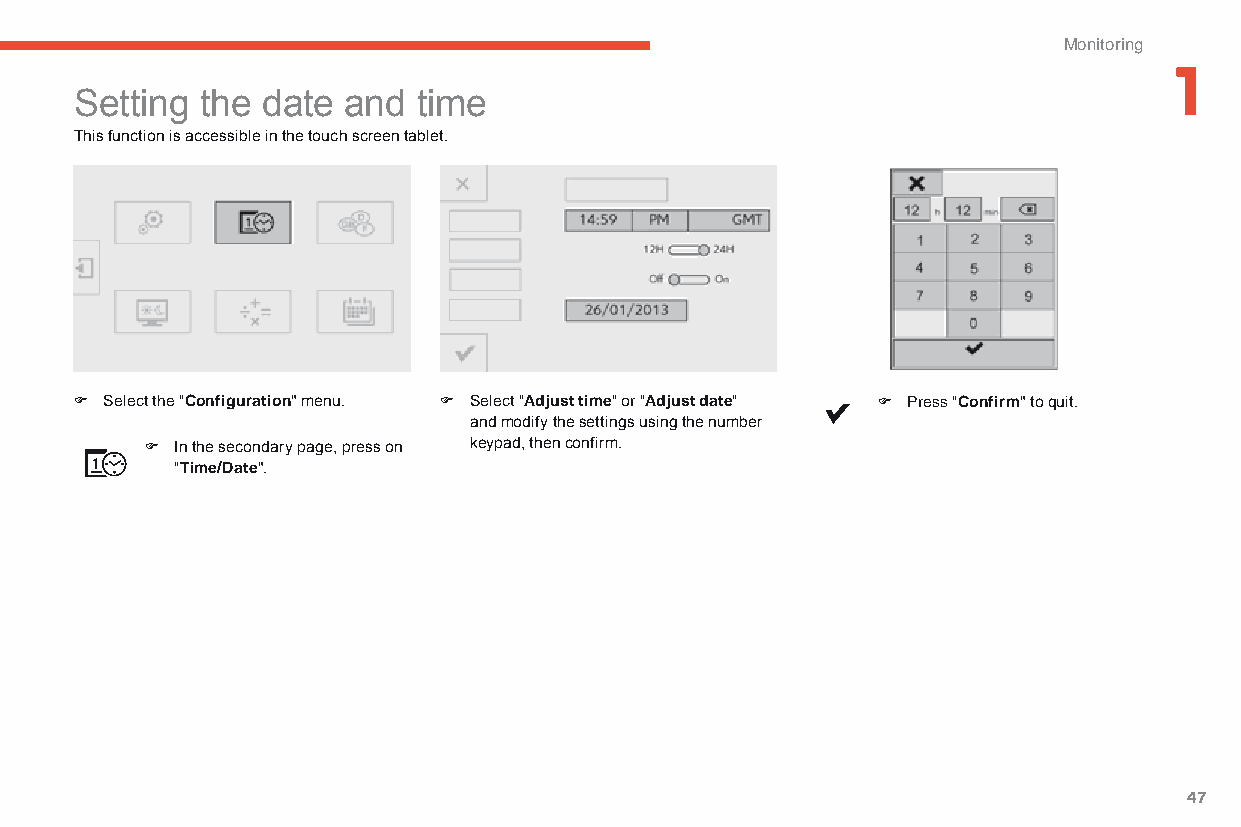
Monitoring
 1
 Setting the date  and  time
 This function is accessible in the touch screen tablet.
 F Select the "Configuration" menu. F Select "Adjust time" or "Adjust date" F Press "Confirm" to quit.
 and modify the settings using the number
 F In the secondary page, press on keypad, then confirm.
 "Time/Date".
 47
 C4-Picasso-II_en_Chap01_controle-de-marche_ed01-2015